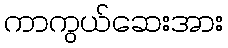
ကာကွယ်ဆေးအား